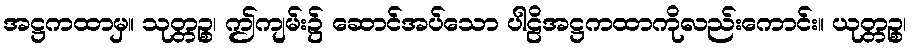
အဋ္ဌကထာမှ။ သုတ္တဉ္စ၊ ဤကျမ်း၌ ဆောင်အပ်သော ပါဠိအဋ္ဌကထာကိုလည်းကောင်း။ ယုတ္တဉ္စ၊